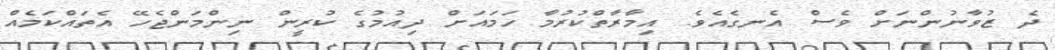
ދެ ޒުވާނުންނަށް ވެސް އެނގެއެވެ. އިމާރާތްކުރުމާ ހަމައަށް ދިއުމުގެ ކުރީން ނިންމަންޖެހޭ އެތައްކަމެއް